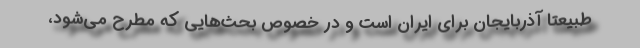
طبیعتاً آذربایجان برای ایران است و در خصوص بحث‌هایی که مطرح می‌شود،